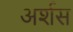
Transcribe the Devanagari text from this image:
अर्शस